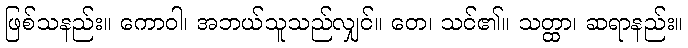
ဖြစ်သနည်း။ ကောဝါ၊ အဘယ်သူသည်လျှင်။ တေ၊ သင်၏။ သတ္ထာ၊ ဆရာနည်း။